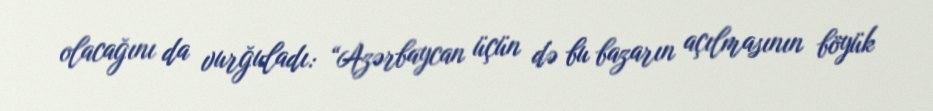
olacağını da vurğuladı: “Azərbaycan üçün də bu bazarın açılmasının böyük